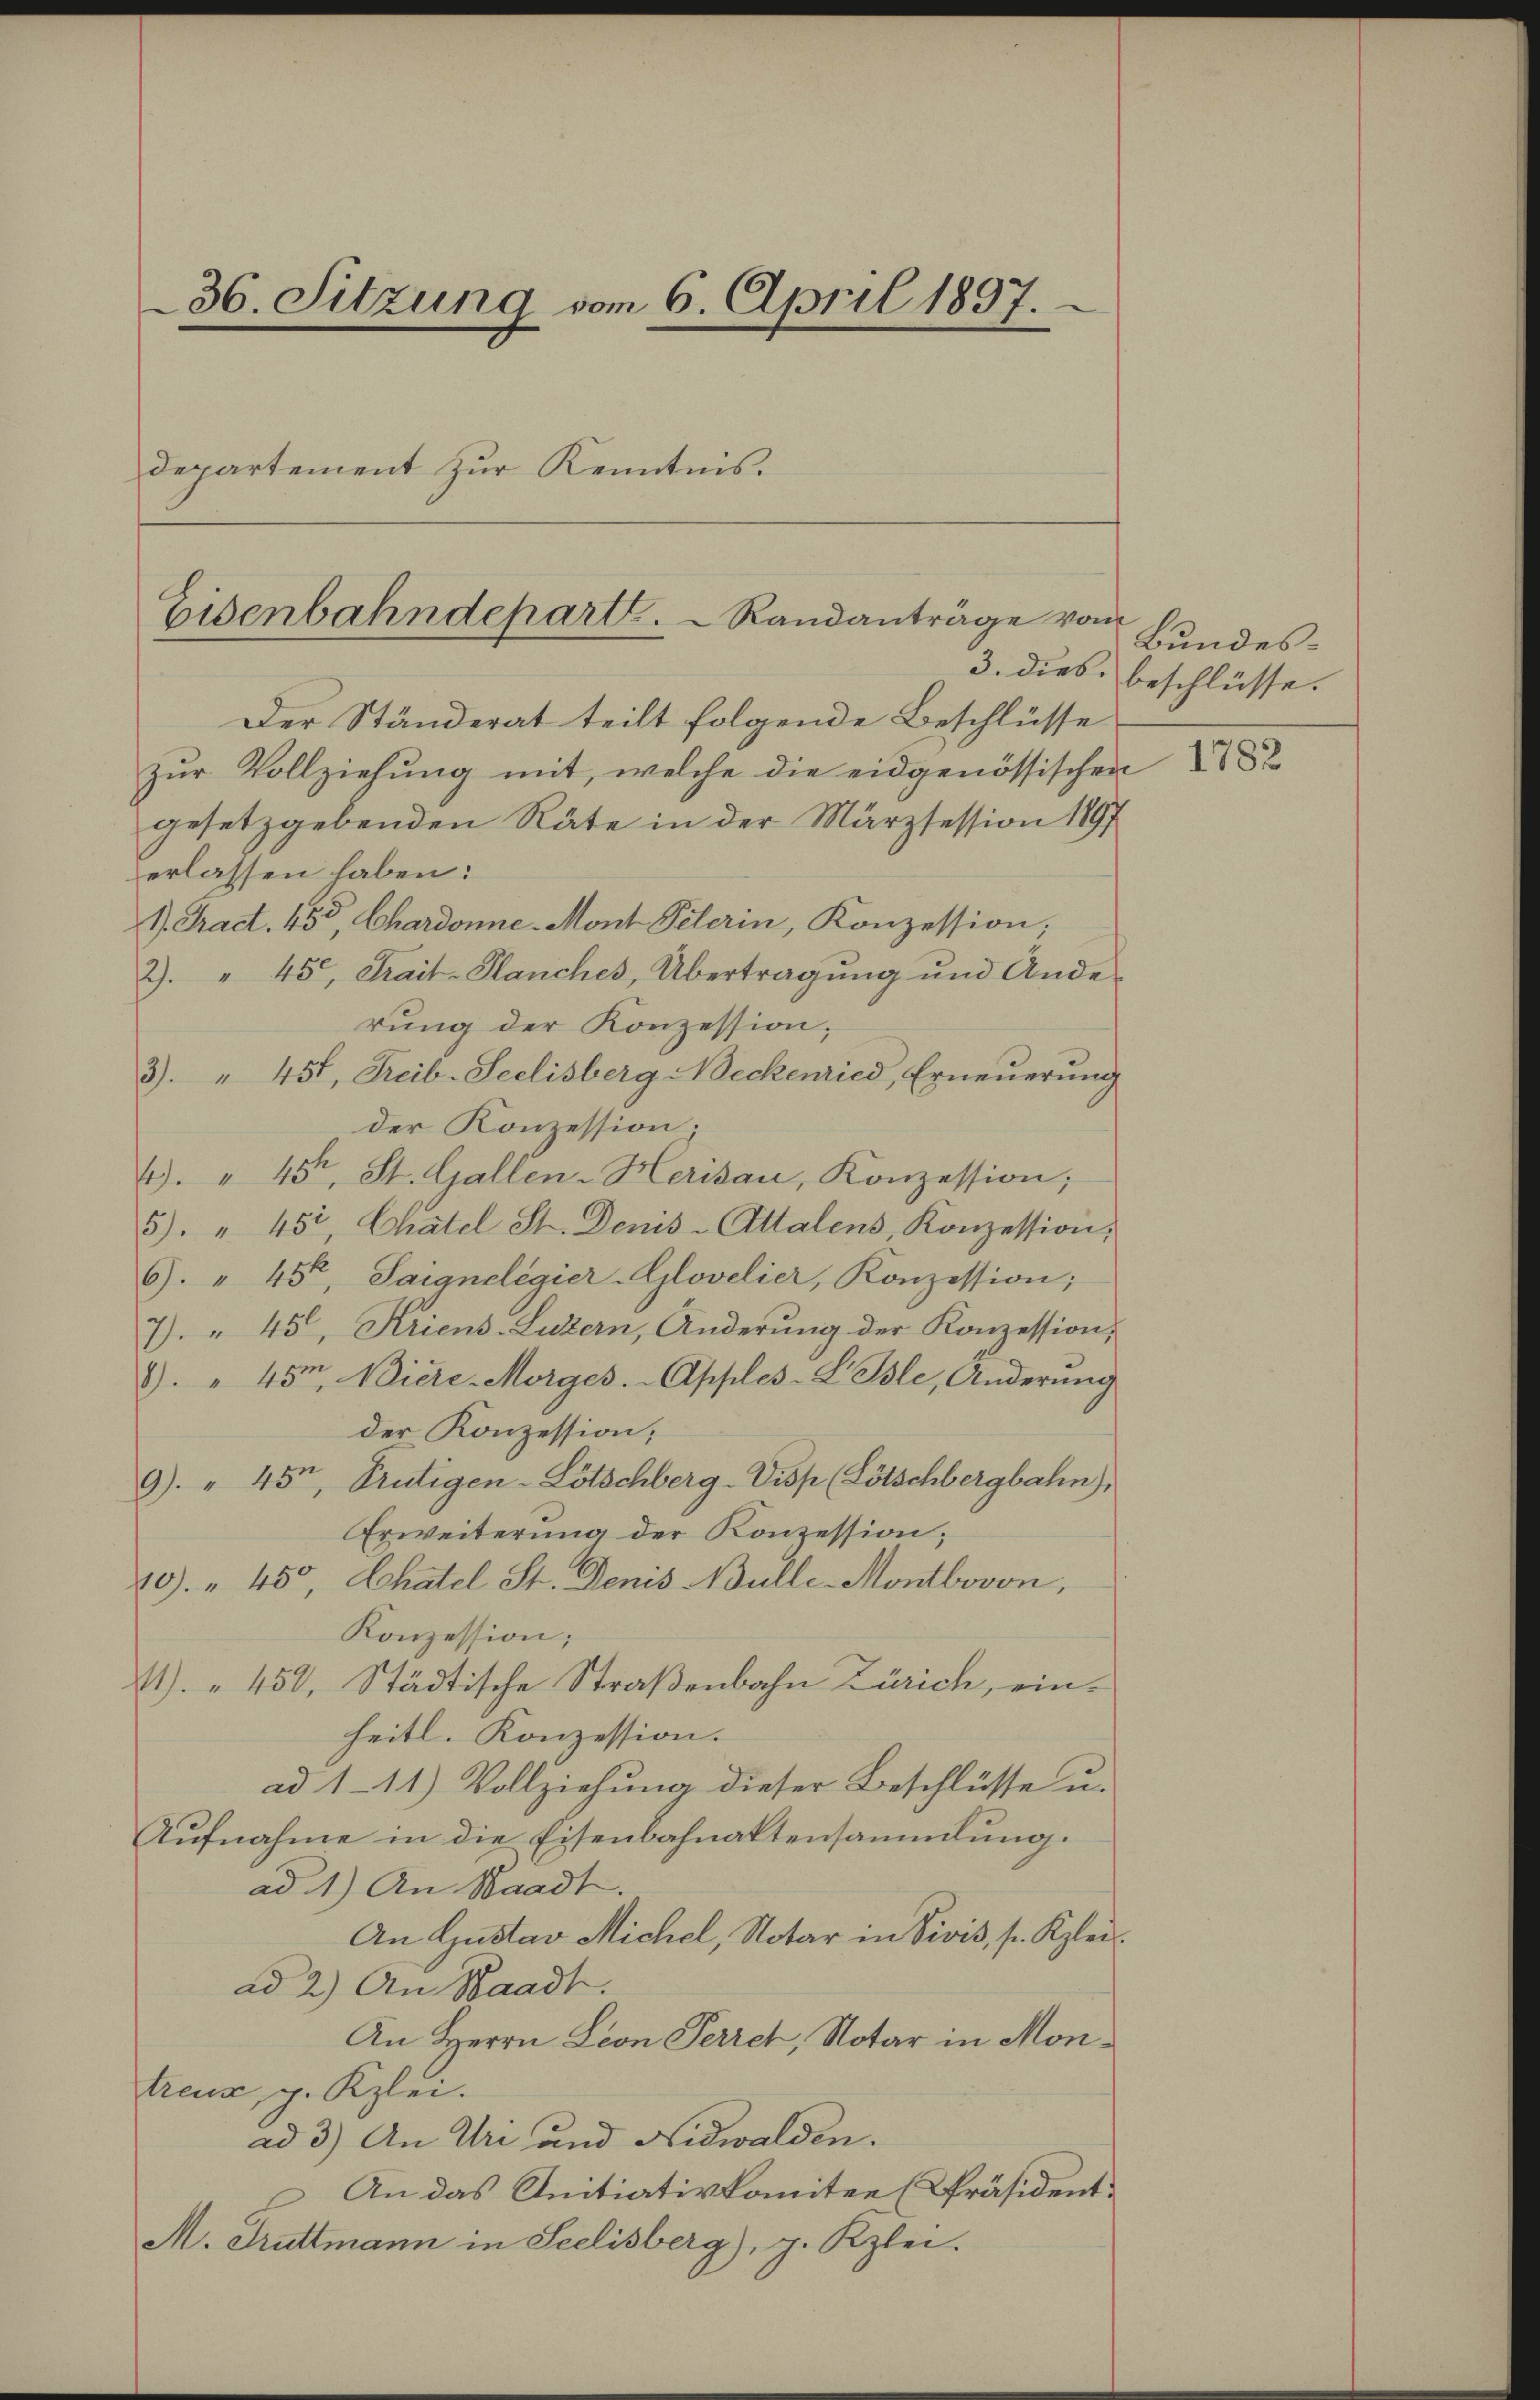
36. Sitzung vom 6. April 1897.
departement zur Kenntnis.

Eisenbahndepart.   Randanträge vom

Der Ständerat teilt folgende Beschlüsse
zur Vollziehung mit, welche die eidgenössischen
gesetzgebenden Räte in der Märzsession 1897
erlassen haben:
1. Pract. 450, Chardonne-Mont Pelerin, Konzession;
2. " 450, Strait-Planches, Übertragŭng und Ande-
rung der Konzession;
3. " 451, Freib-Seelisberg Neckenried, Erneŭerŭng
der Konzession.
4). " 45, St. Gallen-Herisau, Konzession;
5). " 452, Chatel St. Dems-Attalens, Konzession,
6). " 45t, Saignelegier-Glovelier, Konzession;
7. " 45, Kriens-Luzern, Änderung der Konzession,
1). " 45r Niere Morges. - Apples-L. Isle, Änderŭng
der Konzession,
9) " 45, Frutigen-Lötschberg-Visp (Lötschbergbahn,
Erweiterung der Konzession;
10). " 450, Chatel St. Denis Nulle-Montbovon,
Konzession;
) 450, Städtische Straßenbahn Zürich, einheitl. Konzession.
ad 111) Vollziehung dieser Beschlüsse u.
Aufnahme in die Eisenbahnaktensammlung.
ad 1.) An Waadt.
An Gustav Michel, Notar in Divis, s. Kleiad 2.) An Waadt.
An Herrn Leon Perrch, Notar in Montreux, p. Kzlei.
ad 3) An Uri und Nidwalden.
An das Antiativkomitee [Präsident.
M. Truttmann in Seelisberg), p. Kzlei.

Bundes¬
3. dies beschlüsse.

1782